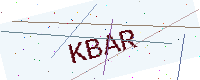
Text: KBAR